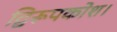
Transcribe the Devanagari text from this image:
द्विरूपकोश।